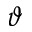
\vartheta